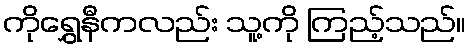
ကိုရွှေနီကလည်း သူ့ကို ကြည့်သည်။